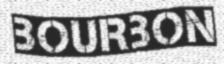
BOURBON